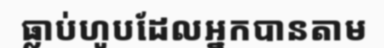
ធ្លាប់ហូបដែលអ្នកបានតាម